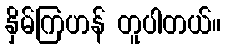
နှိမ်ကြဟန် တူပါတယ်။